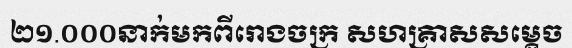
២១.០០០នាក់មកពីរោងចក្រ សហគ្រាសសម្តេច